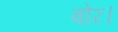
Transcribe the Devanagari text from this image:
बोर।